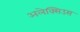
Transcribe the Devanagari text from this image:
अलेक्सिउस